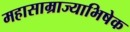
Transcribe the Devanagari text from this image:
महासाम्राज्याभिषेक